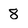
Character: 8